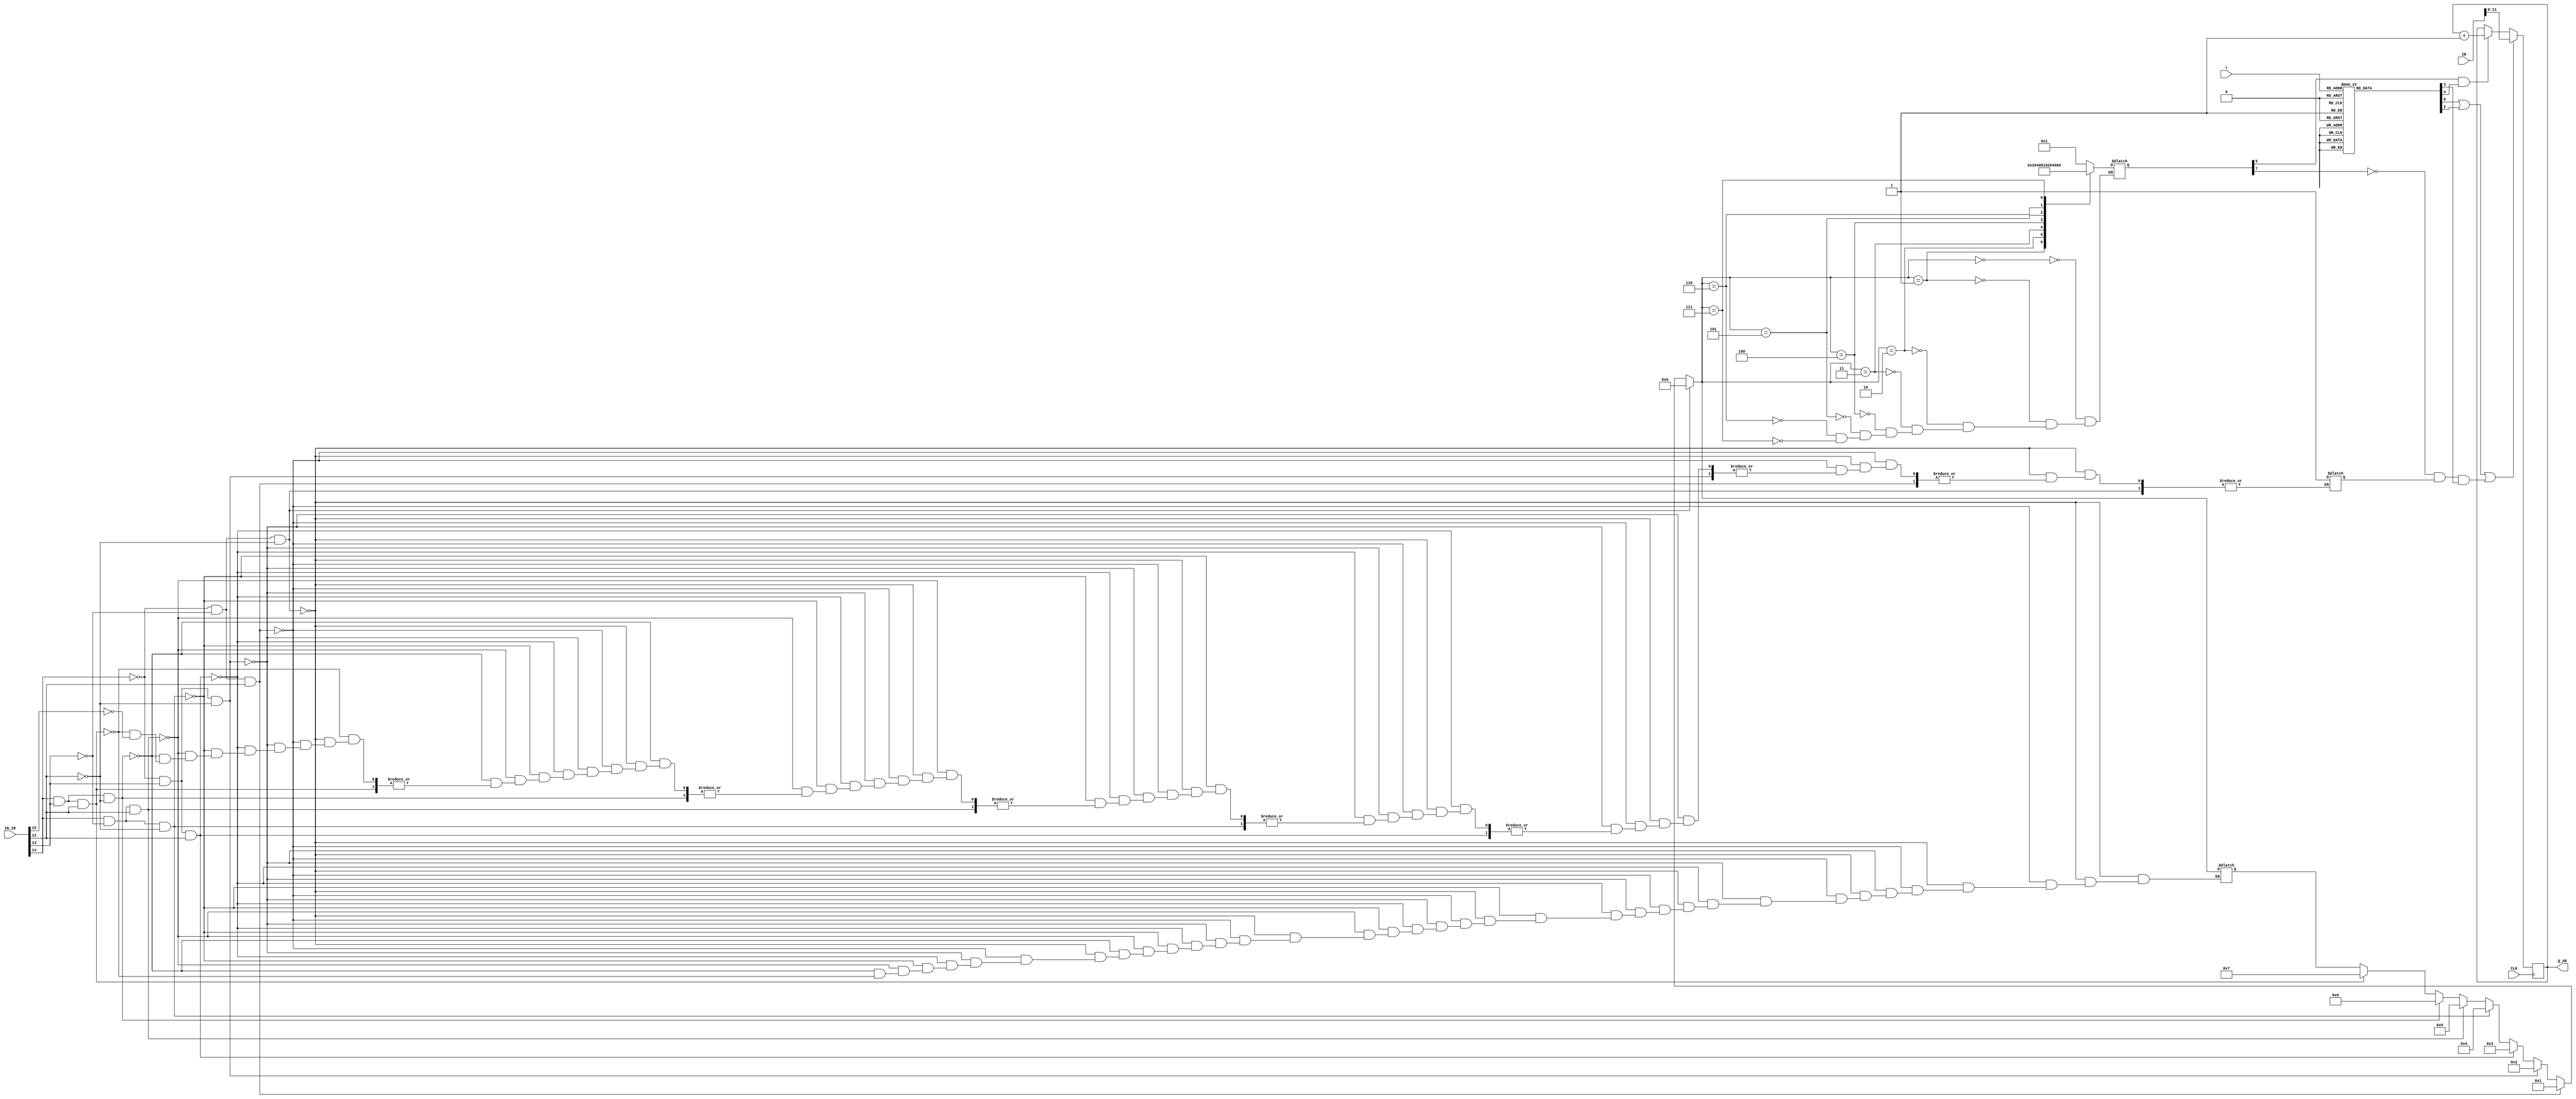
module REG_AR(

//-------(clock)-------
    input CLK,
//-------(input IR to know B)-------
    input [15:0]IN_IR,
//-------(input to register AR)-------
    input[15:0]IN,
//-------(input from seq_counter_3_bit)-------
    input[2:0]t,
//-------(output from register AR)-------    
    output reg[11:0]Q_AR
    
    );
//-------(wire to help)------- 
    reg i;          
    reg [3:0]d;
    reg [7:0]D;
    reg [7:0]T;
    reg [10:0]B;
    wire LD_AR,INC_AR,CLR_AR,Dn,r,p;
    
//------------------(initial value)--------------------
  
    initial
        begin
            i = 0;
            D = 0;
            B = 0;
            T = 0;
            d = 0;
            Q_AR = 0;

    end 
    
    always@(d or t or IN_IR)begin 

//-----------------(SELECT MOST LEFT 4-BIT IN INSTRACTION REGISTER)----------------- 
           
                    if(~IN_IR[14] && ~IN_IR[13] && ~IN_IR[12])
                        d = 4'b0000;
                    else if(~IN_IR[14] && ~IN_IR[13] && IN_IR[12])
                        d = 4'b0001;
                    else if(~IN_IR[14] && IN_IR[13] && ~IN_IR[12])
                        d = 4'b0010;
                    else if(~IN_IR[14] && IN_IR[13] && IN_IR[12])
                        d = 4'b0011;
                    else if(IN_IR[14] && ~IN_IR[13] && ~IN_IR[12])
                        d = 4'b0100;
                    else if(IN_IR[14] && ~IN_IR[13] && IN_IR[12])
                        d = 4'b0101;
                    else if( IN_IR[14] && IN_IR[13] && ~IN_IR[12])
                        d = 4'b0110;
                    else if(IN_IR[14] && IN_IR[13] && IN_IR[12])
                        d = 4'b0111;
                    else if(IN_IR[15])
                        i = 1;
        
//-----------(select D)-----------    

            case(d)    
                4'b000: D = 8'h01;
                4'b001: D = 8'h02;
                4'b010: D = 8'h04;
                4'b011: D = 8'h08;
                4'b100: D = 8'h10;
                4'b101: D = 8'h20;
                4'b110: D = 8'h40;
                4'b111: D = 8'h80;
            endcase
            
//-----------(select T)-----------    

            case(t)    
                4'b000: T = 8'h01;
                4'b001: T = 8'h02;
                4'b010: T = 8'h04;
                4'b011: T = 8'h08;
                4'b100: T = 8'h10;
                4'b101: T = 8'h20;
                4'b110: T = 8'h40;
                4'b111: T = 8'h80;
            endcase
        end
                          
        always@(posedge CLK)begin
            
//-----------(select B)-----------    
    
                if(~IN_IR[11] && ~IN_IR[10] && ~IN_IR[9] && ~IN_IR[8] && ~IN_IR[7] && ~IN_IR[6] && ~IN_IR[5] && ~IN_IR[4]&& ~IN_IR[3] && ~IN_IR[2] && ~IN_IR[1]&& ~IN_IR[0])
                    B = 13'b0000000000001;
                if(~IN_IR[11] && ~IN_IR[10] && ~IN_IR[9] && ~IN_IR[8] && ~IN_IR[7] && ~IN_IR[6] && ~IN_IR[5] && ~IN_IR[4]&& ~IN_IR[3] && ~IN_IR[2] && ~IN_IR[1]&& IN_IR[0])
                    B = 13'b0000000000010;      
                if(~IN_IR[11] && ~IN_IR[10] && ~IN_IR[9] && ~IN_IR[8] && ~IN_IR[7] && ~IN_IR[6] && ~IN_IR[5] && ~IN_IR[4]&& ~IN_IR[3] && ~IN_IR[2] && IN_IR[1]&& ~IN_IR[0])
                    B = 13'b0000000000100;
                if(~IN_IR[11] && ~IN_IR[10] && ~IN_IR[9] && ~IN_IR[8] && ~IN_IR[7] && ~IN_IR[6] && ~IN_IR[5] && ~IN_IR[4]&& ~IN_IR[3] && IN_IR[2] && ~IN_IR[1]&& ~IN_IR[0])
                    B = 13'b0000000001000;  
                if(~IN_IR[11] && ~IN_IR[10] && ~IN_IR[9] && ~IN_IR[8] && ~IN_IR[7] && ~IN_IR[6] && ~IN_IR[5] && ~IN_IR[4]&& IN_IR[3] && ~IN_IR[2] && ~IN_IR[1]&& ~IN_IR[0])
                    B = 13'b0000000010000;
                if(~IN_IR[11] && ~IN_IR[10] && ~IN_IR[9] && ~IN_IR[8] && ~IN_IR[7] && ~IN_IR[6] && ~IN_IR[5] && IN_IR[4]&& ~IN_IR[3] && ~IN_IR[2] && ~IN_IR[1]&& ~IN_IR[0])
                    B = 13'b0000000100000;
                if(~IN_IR[11] && ~IN_IR[10] && ~IN_IR[9] && ~IN_IR[8] && ~IN_IR[7] && ~IN_IR[6] && IN_IR[5] && ~IN_IR[4]&& ~IN_IR[3] && ~IN_IR[2] && ~IN_IR[1]&& ~IN_IR[0])
                    B = 13'b0000001000000;
                if(~IN_IR[11] && ~IN_IR[10] && ~IN_IR[9] && ~IN_IR[8] && ~IN_IR[7] && IN_IR[6] && ~IN_IR[5] && ~IN_IR[4]&& ~IN_IR[3] && ~IN_IR[2] && ~IN_IR[1]&& ~IN_IR[0])
                    B = 13'b0000010000000;
                if(~IN_IR[11] && ~IN_IR[10] && ~IN_IR[9] && ~IN_IR[8] && IN_IR[7] && ~IN_IR[6] && ~IN_IR[5] && ~IN_IR[4]&& ~IN_IR[3] && ~IN_IR[2] && ~IN_IR[1]&& ~IN_IR[0])
                    B = 12'b0000100000000;          
                if(~IN_IR[11] && ~IN_IR[10] && ~IN_IR[9] && IN_IR[8] && ~IN_IR[7] && ~IN_IR[6] && ~IN_IR[5] && ~IN_IR[4]&& ~IN_IR[3] && ~IN_IR[2] && ~IN_IR[1]&& ~IN_IR[0])
                    B = 13'b0001000000000;
                if(~IN_IR[11] && ~IN_IR[10] && IN_IR[9] && ~IN_IR[8] && ~IN_IR[7] && ~IN_IR[6] && ~IN_IR[5] && ~IN_IR[4]&& ~IN_IR[3] && ~IN_IR[2] && ~IN_IR[1]&& ~IN_IR[0])
                    B = 13'b0010000000000;
                if(~IN_IR[11] && IN_IR[10] && ~IN_IR[9] && ~IN_IR[8] && ~IN_IR[7] && ~IN_IR[6] && ~IN_IR[5] && ~IN_IR[4]&& ~IN_IR[3] && ~IN_IR[2] && ~IN_IR[1]&& ~IN_IR[0])
                    B = 13'b0100000000000;
                if(~IN_IR[11] && IN_IR[10] && ~IN_IR[9] && ~IN_IR[8] && ~IN_IR[7] && ~IN_IR[6] && ~IN_IR[5] && ~IN_IR[4]&& ~IN_IR[3] && ~IN_IR[2] && ~IN_IR[1]&& ~IN_IR[0])
                    B = 13'b1000000000000;
            end  
            
        assign Dn = ~D[7];
        assign r  = D[7] & ~i & T[3];
        assign p = D[7] & i & T[3];
        
        
    always@(posedge CLK)begin
    

//-----------------For Load (LD_AR)-----------------  

        if(( T[0] ) || ( T[2] ) || ( Dn && i && T[3] ))
            Q_AR = IN;
            
//-----------------For Increament (INC_AR)-----------------              
            
        else if(D[5] && T[4])
            Q_AR = Q_AR + 1;

            end

endmodule